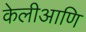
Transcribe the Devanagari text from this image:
केलीआणि